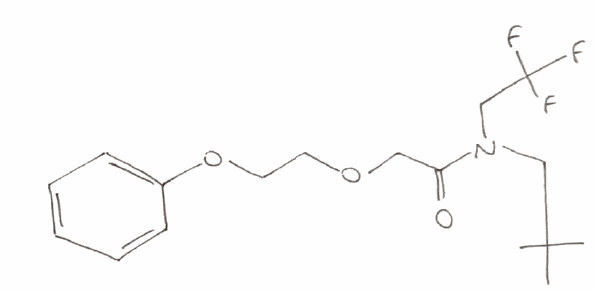
Simplified molecular-input line-entry system (SMILES) notation of the given molecule:
CC(C)(C)CN(CC(F)(F)F)C(=O)COCCOC1=CC=CC=C1